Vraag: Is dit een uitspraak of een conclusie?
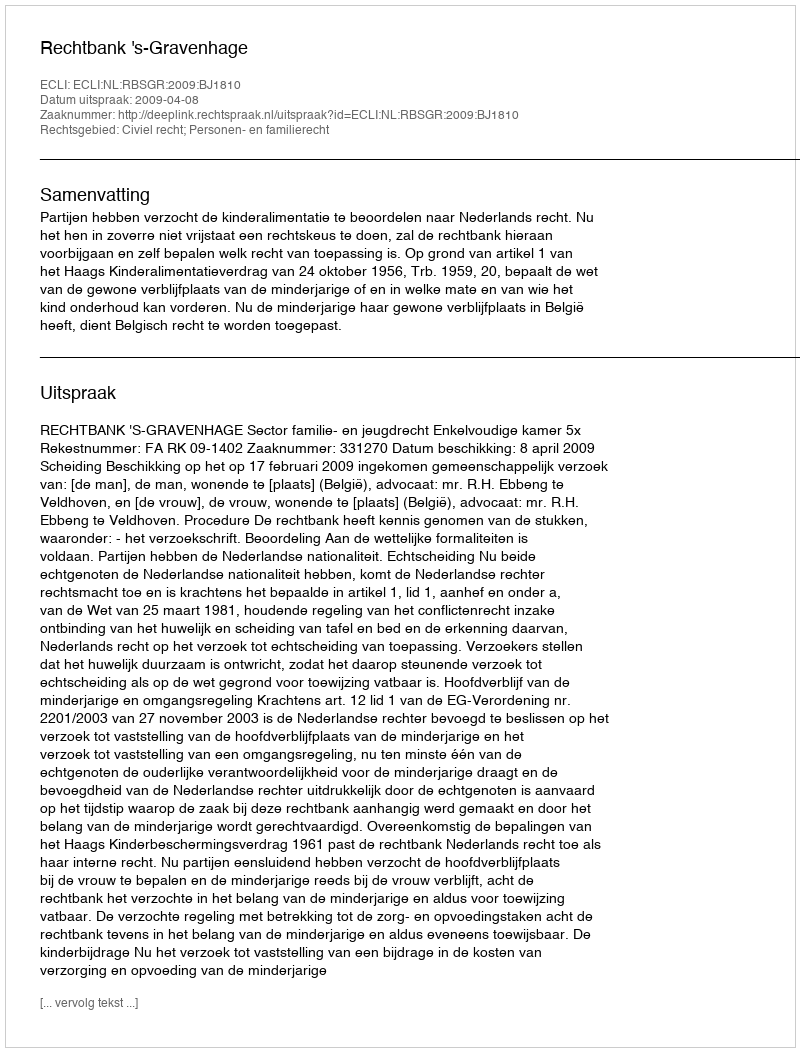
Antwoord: Uitspraak